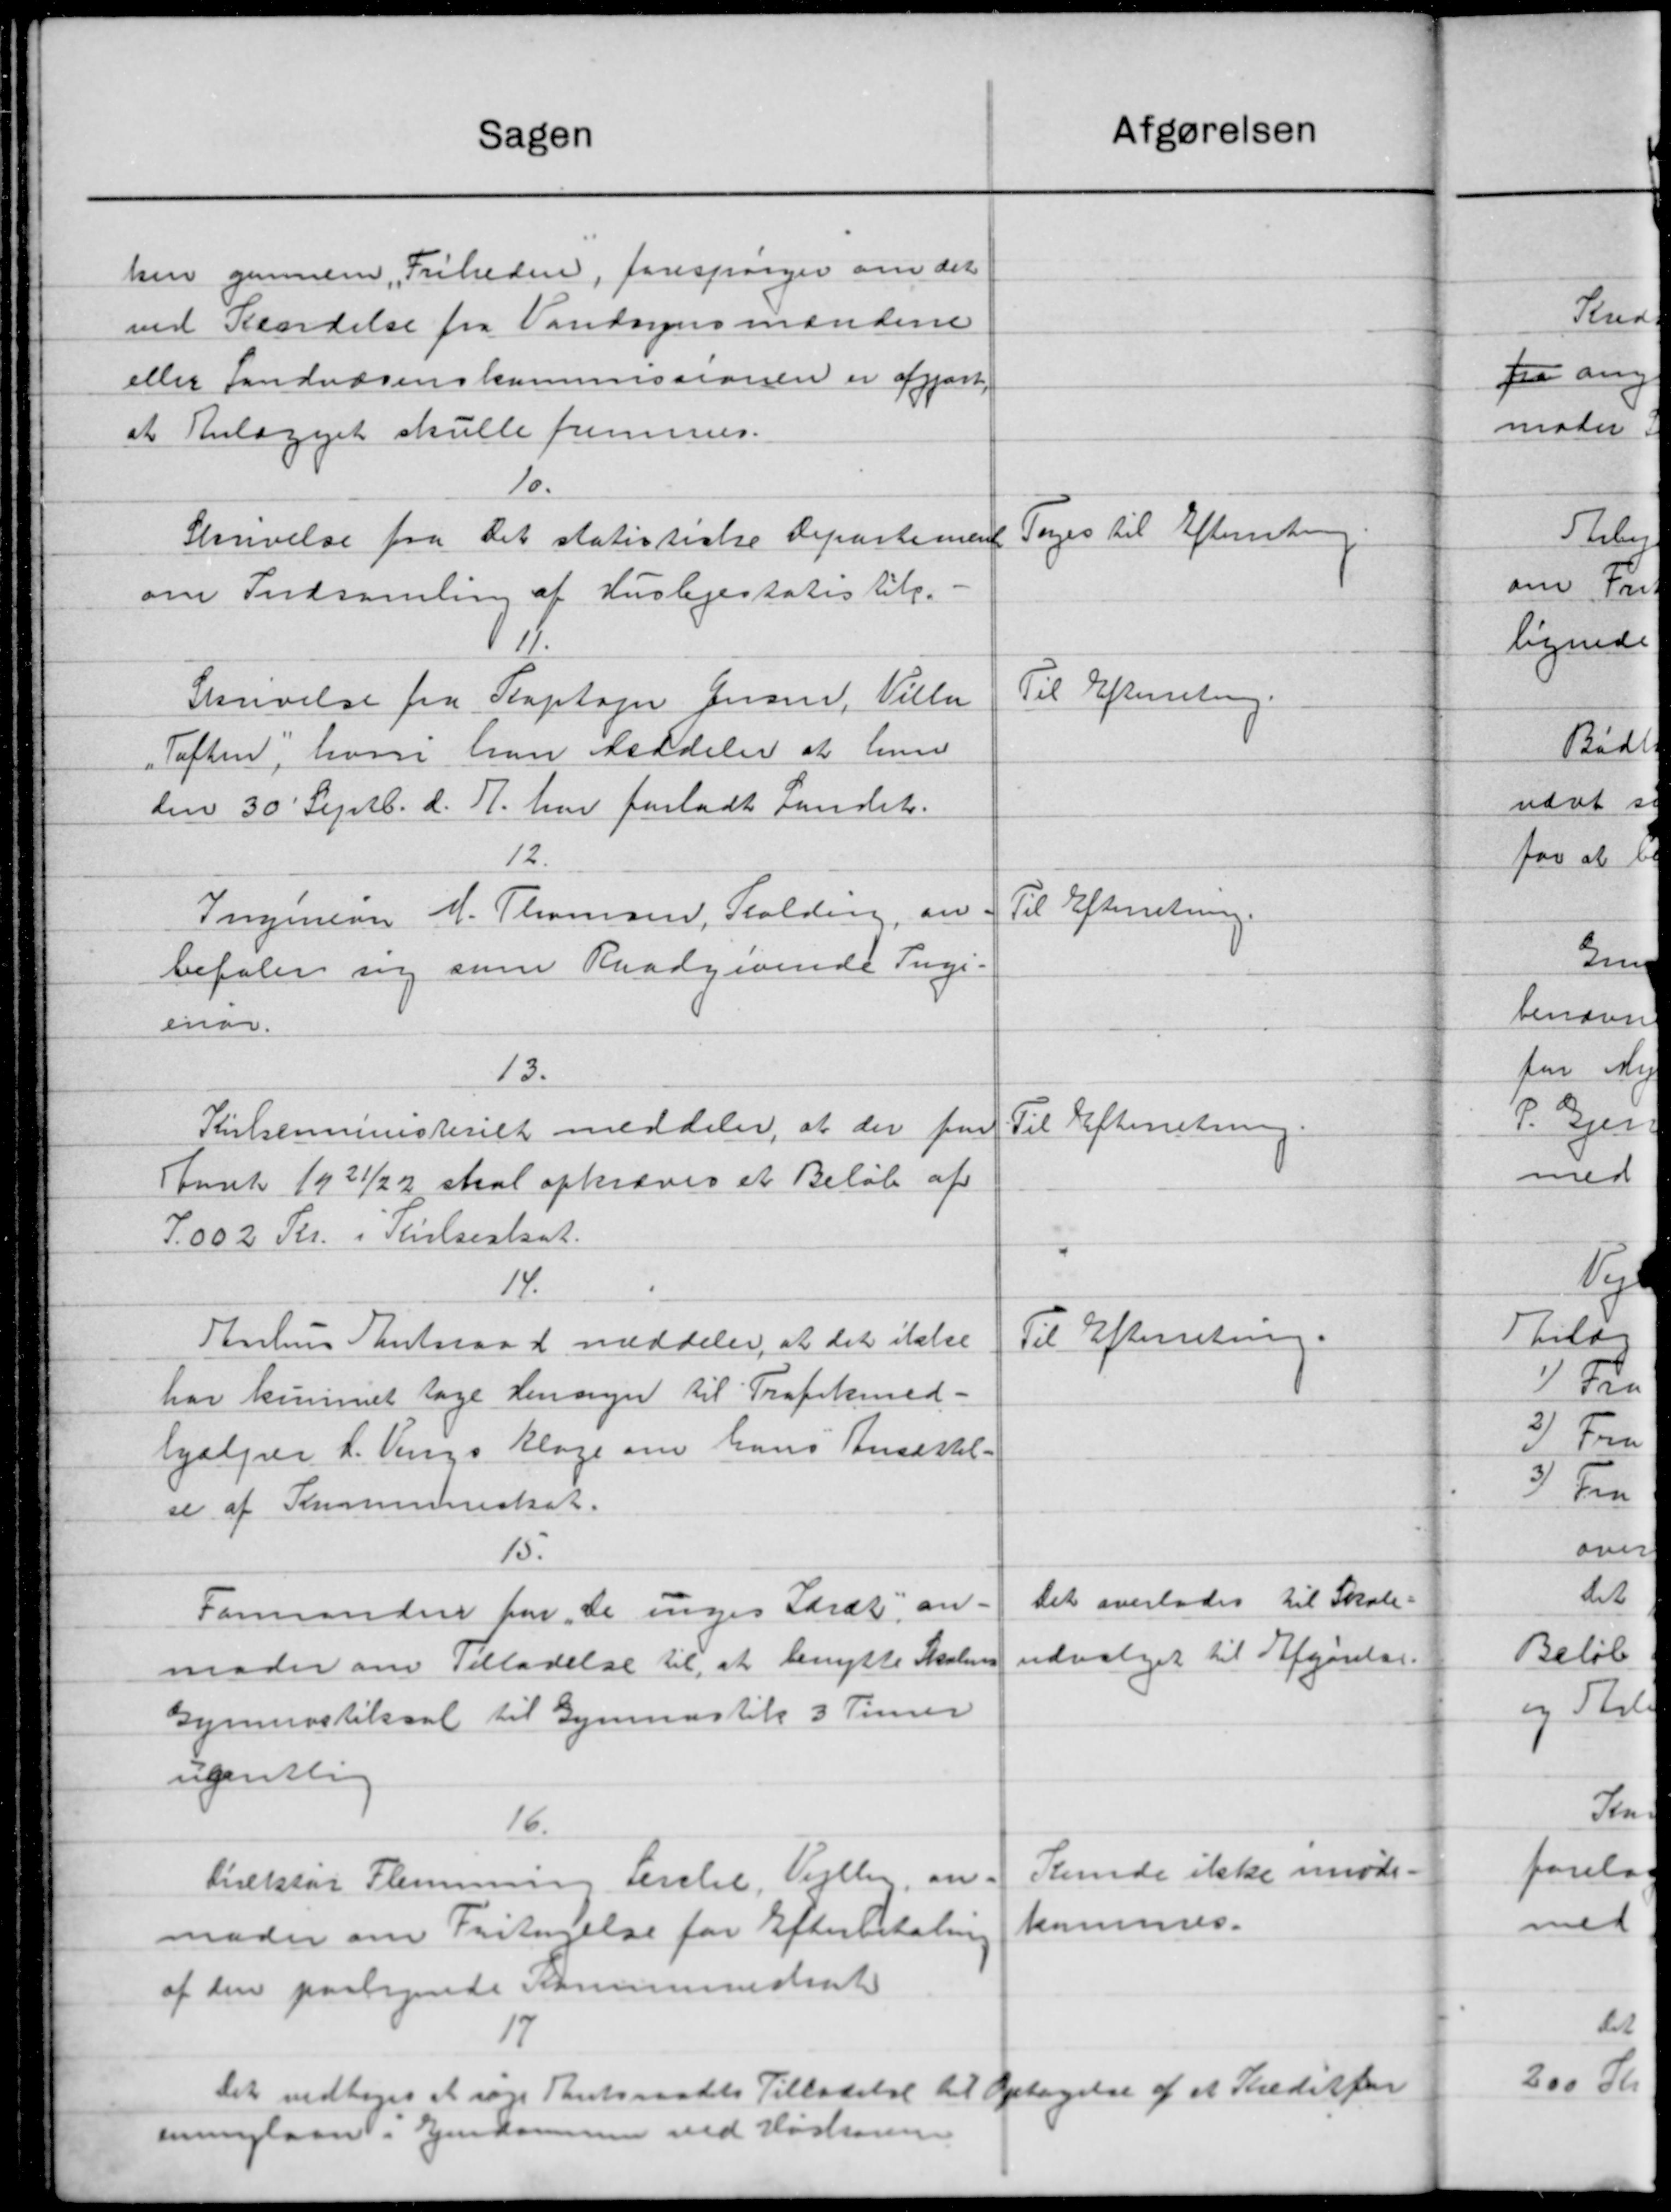
Transskription:
Afgørelsen
Sagen
hen gennem Friheden, forespørger om det
ved Kendelse fra Vandsynsmændene
eller Landvæsenskommissionen er afgjort
at Anlægget skulle fremmes.
10.
Toges til Efterretning
Skrivelse fra Det statistiske Repartement
om Indsamling af Huslejestatistik. -
Til Efterretning.
Skrivelse fra Kaptajer Jensen, Villa
Toften, hvori han Meddeler at hun
den 30' Septb. d. A. har forladt Landet.
12.
Til Efterretning.
Inymern M. Thomsen, Stolding, an-
befaler sig som Raadgivende Ingi-
enør.
13.
Til Efterretning
Kielseministeriet meddeler, at der for
Aaret 1921/22 skal opkræves et Beløb af
7.002 Kr. i Thielseskat.
14.
Til Efterretning.
Aarhus Amtsraad meddeler, at det itale
har kunnet tage Hensyn til Trafikmed-
hjælper L. Vings Klage om hans Ansættel-
se af Kommuneskat.
15.
Det overlades til Skole=
Formanden for de unges Lærdt an-
udvalget til Afgørelse.
mode om Tilladelse til at benytte Skolens
Gymnastiksal til Gymnastik 3 Timer
ugentlig
16.
Kunde ikke imøde-
Direktør Flemming Gerlie, Vejlby an-
kammes.
moder om Fritagelse for Efterbetaling
af den paatagende Kommuneskat
17
Det vedtoges at søge Amtsraadets Tilladelse til Optagelse af et Kreditfor
enninglaan i Ejendommen ved Høsteren